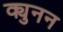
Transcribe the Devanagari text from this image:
क्युनन